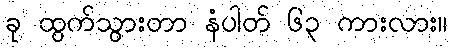
ခု ထွက်သွားတာ နံပါတ် ၆၃ ကားလား။